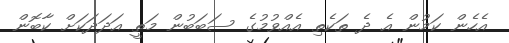
އެހެން ކަމުން އެ ދެ ތަކެތި އެއްވުމުގެ ސަބަބުން މަތީ އަދަދަކަށް ކާބޮން